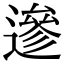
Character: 遪